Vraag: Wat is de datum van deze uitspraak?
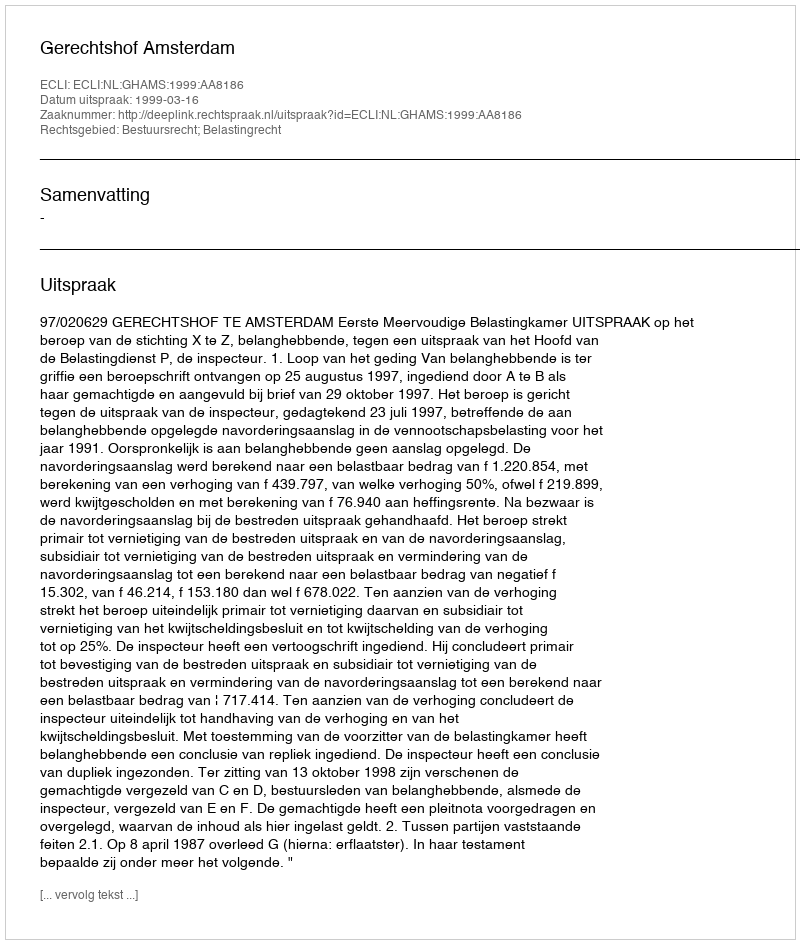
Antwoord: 1999-03-16